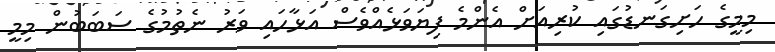
މިމީގެ ހަށިގަނޑުގައި ކުރިއަށް އެންމެ ފިޔަވަޅެއްވެސް އަޅާހައި ވަރު ނެތުމުގެ ސަބަބުން މިމީ